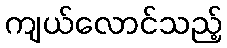
ကျယ်လောင်သည့်